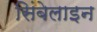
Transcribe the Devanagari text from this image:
सिंबेलाइन